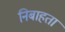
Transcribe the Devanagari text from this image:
निबाहता